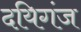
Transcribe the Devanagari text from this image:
दयिगंज